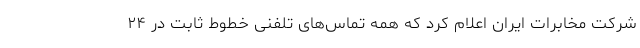
شرکت مخابرات ایران اعلام کرد که همه تماس‌های تلفنی خطوط ثابت در ۲۴